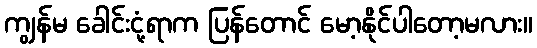
ကျွန်မ ခေါင်းငုံ့ရာက ပြန်တောင် မော့နိုင်ပါတော့မလား။